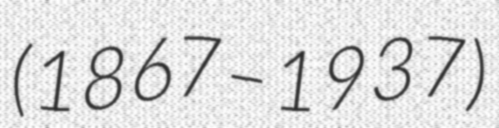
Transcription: (1867–1937)